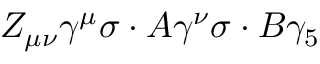
Z _ { \mu \nu } \gamma ^ { \mu } \sigma \cdot A \gamma ^ { \nu } \sigma \cdot B \gamma _ { 5 }